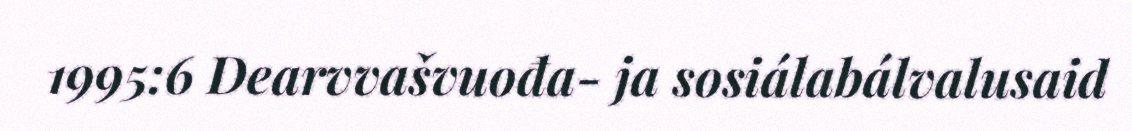
1995:6 Dearvvašvuođa- ja sosiálabálvalusaid